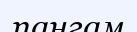
пангам